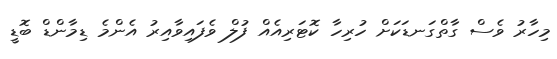
މިހާރު ވެސް ގާތްގަނޑަކަށް ހުރިހާ ކޮޓަރިއެއް ފުލް ވެފައިވާއިރު އެންމެ ޑިމާންޑް ބޮޑީ